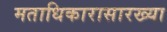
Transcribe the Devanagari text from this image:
मताधिकारासारख्या